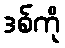
ဒစ်ကို